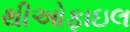
થીઓફાઇલ